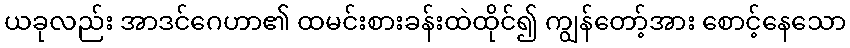
ယခုလည်း အာဒင်ဂေဟာ၏ ထမင်းစားခန်းထဲထိုင်၍ ကျွန်တော့်အား စောင့်နေသော